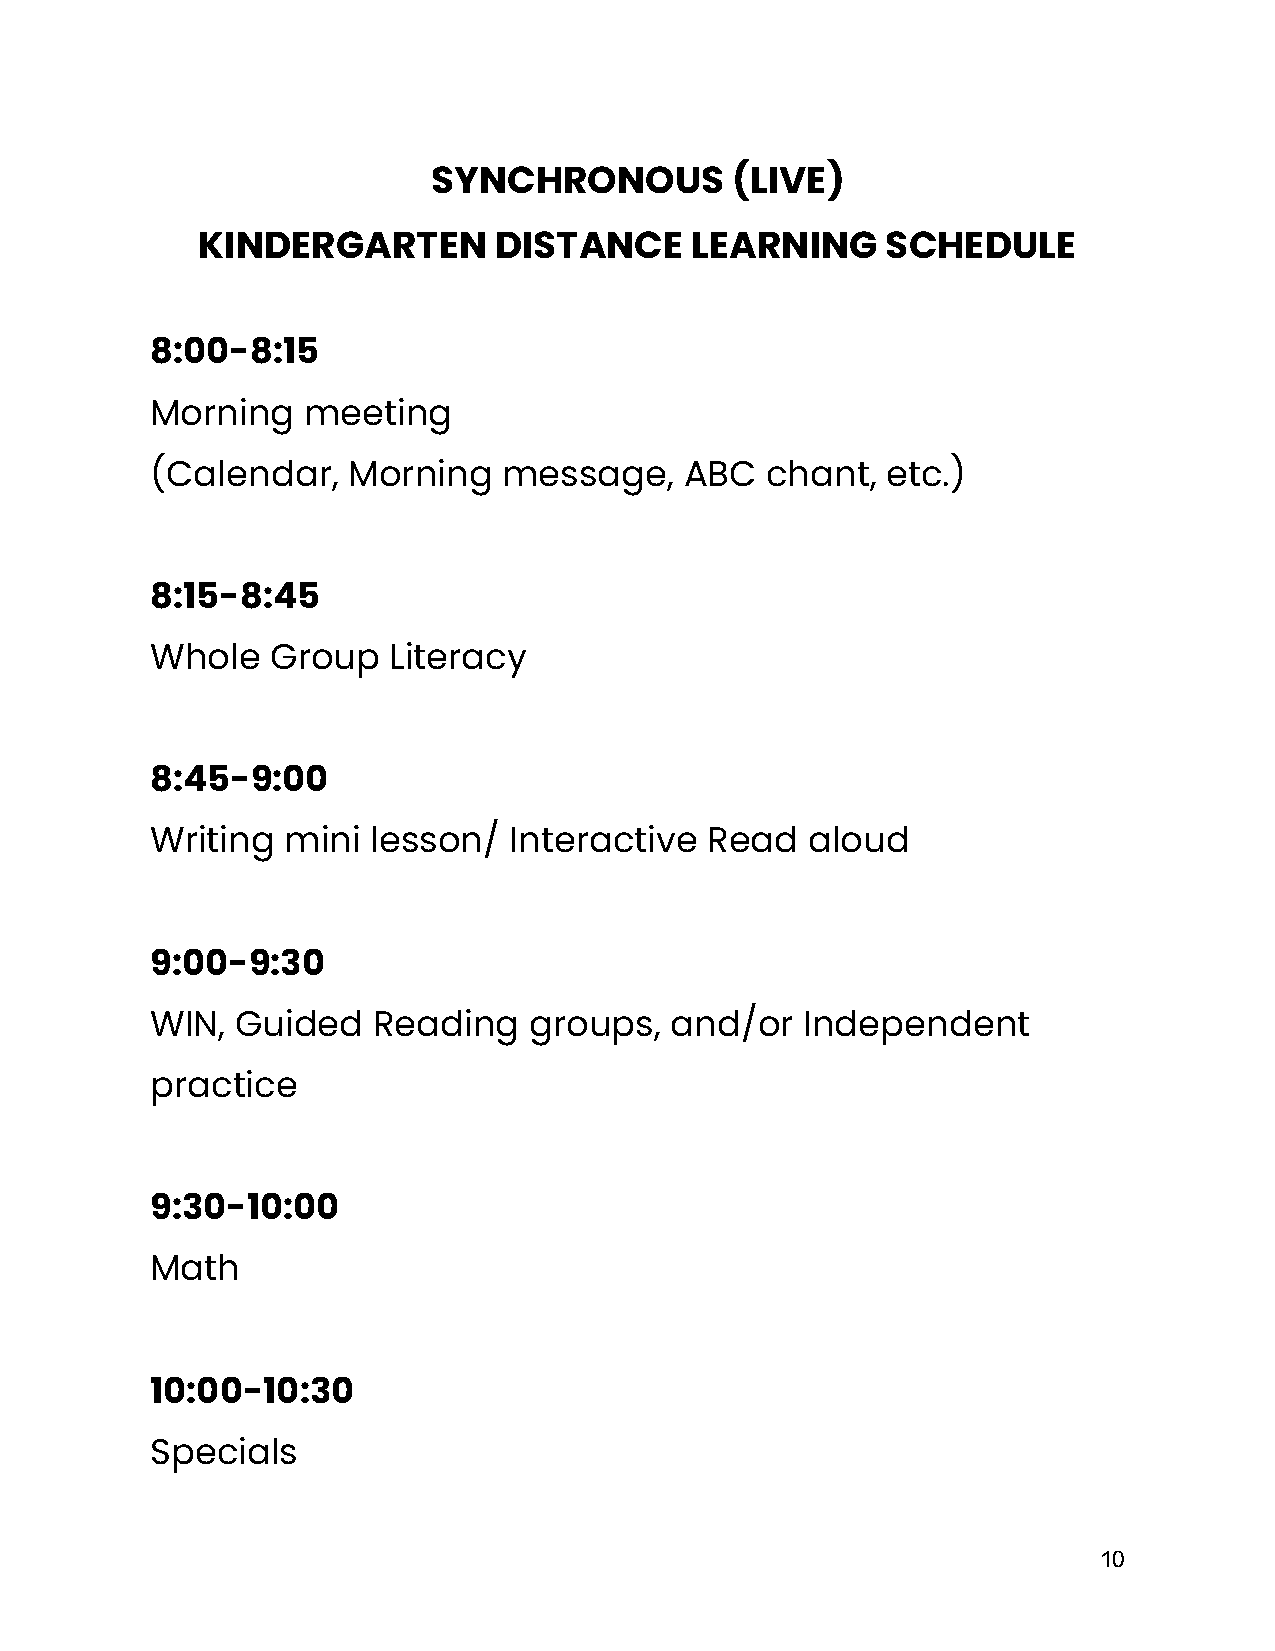
SYNCHRONOUS        (LIVE)
 KINDERGARTEN        DISTANCE     LEARNING     SCHEDULE
 8:00-8:15
 Morning   meeting
 (Calendar,   Morning   message,    ABC   chant,  etc.)
 8:15-8:45
 Whole   Group   Literacy
 8:45-9:00
 Writing  mini  lesson/  Interactive  Read  aloud
 9:00-9:30
 WIN,  Guided   Reading   groups,  and/or   Independent
 practice
 9:30-10:00
 Math
 10:00-10:30
 Specials
 10